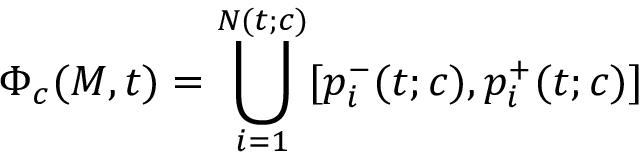
\Phi _ { c } ( M , t ) = \bigcup _ { i = 1 } ^ { N ( t ; c ) } [ p _ { i } ^ { - } ( t ; c ) , p _ { i } ^ { + } ( t ; c ) ]